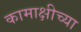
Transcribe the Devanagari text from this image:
कामाक्षीच्या